Civil Veterinary Department. Madras. Admin. report 1926-33 - 1926-1933
Year: 1926
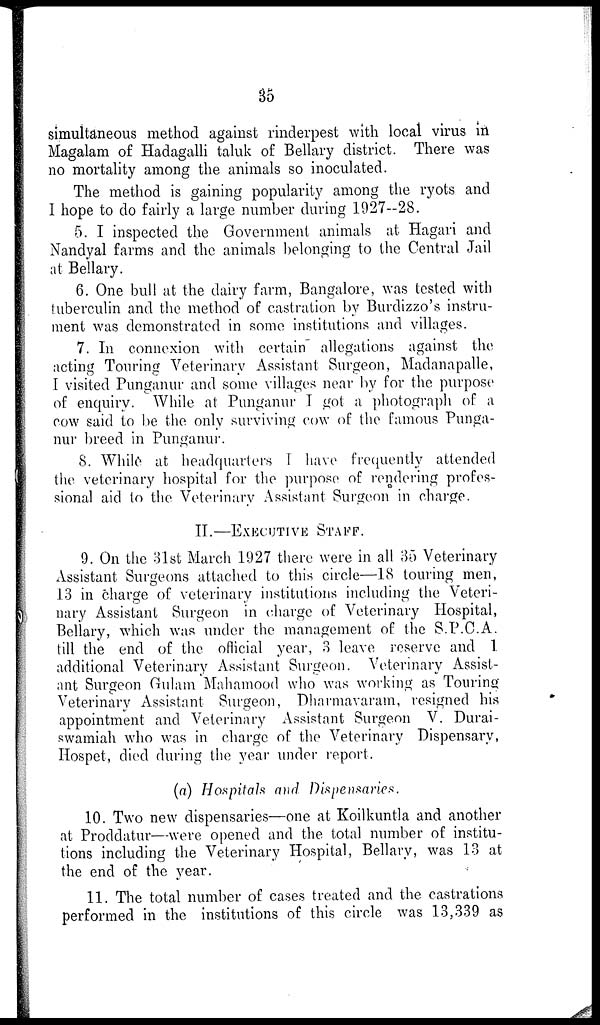
35
simultaneous method against rinderpest with local virus in
Magalam of Hadagalli taluk of Bellary district. There was
no mortality among the animals so inoculated.
The method is gaining popularity among the ryots and
I hope to do fairly a large number during 1927--28.
5. I inspected the Government animals at Hagari and
Nandyal farms and the animals belonging to the Central Jail
at Bellary.
6. One bull at the dairy farm, Bangalore, was tested with
tuberculin and the method of castration by Burdizzo's instru-
ment was demonstrated in some institutions and villages.
7. In connexion with certain allegations against the
acting Touring Veterinary Assistant Surgeon, Madanapalle,
I visited Punganur and some villages near by for the purpose
of enquiry. While at Punganur I got a photograph of a
cow said to be the only surviving cow of the famous Punga-
nur breed in Punganur.
8. While at headquarters I have frequently attended
the veterinary hospital for the purpose of rendering profes-
sional aid to the Veterinary Assistant Surgeon in charge.
II.—EXECUTIVE STAFF.
9. On the 31st March 1927 there were in all 35 Veterinary
Assistant Surgeons attached to this circle—18 touring men,
13 in charge of veterinary institutions including the Veteri-
nary Assistant Surgeon in charge of Veterinary Hospital,
Bellary, which was under the management of the S.P.C.A.
till the end of the official year, 3 leave reserve and 1
additional Veterinary Assistant Surgeon. Veterinary Assist-
ant Surgeon Gulam Mahamood who was working as Touring
Veterinary Assistant Surgeon, Dharmavaram, resigned his
appointment and Veterinary Assistant Surgeon V. Durai-
swamiah who was in charge of the Veterinary Dispensary,
Hospet, died during the year under report.
(a) Hospitals and Dispensaries.
10. Two new dispensaries—one at Koilkuntla and another
at Proddatur—were opened and the total number of institu-
tions including the Veterinary Hospital, Bellary, was 13 at
the end of the year.
11. The total number of cases treated and the castrations
performed in the institutions of this circle was 13,339 as